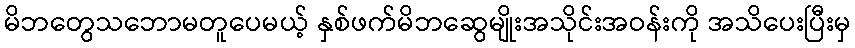
မိဘတွေသဘောမတူပေမယ့် နှစ်ဖက်မိဘဆွေမျိုးအသိုင်းအဝန်းကို အသိပေးပြီးမှ